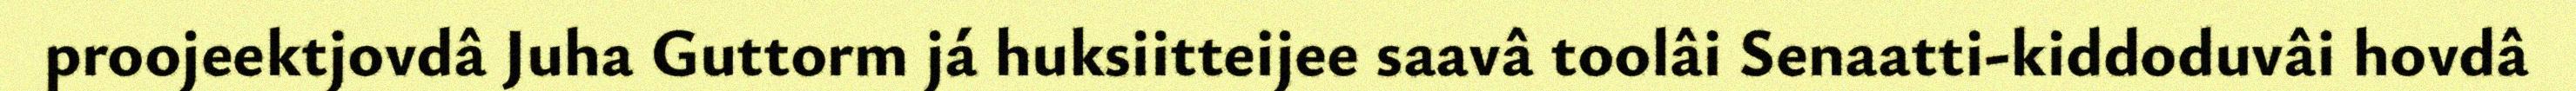
proojeektjovdâ Juha Guttorm já huksiitteijee saavâ toolâi Senaatti-kiddoduvâi hovdâ